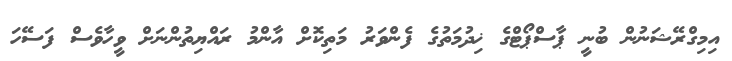
އިމިގްރޭޝަނުން ބުނީ ޕާސްޕޯޓްގެ ޚިދުމަތުގެ ފެންވަރު މަތިކޮށް އާންމު ރައްޔިތުންނަށް ވީހާވެސް ފަސޭހަ